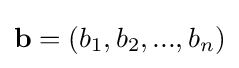
\mathbf {b} =(b_{1},b_{2},...,b_{n})